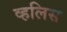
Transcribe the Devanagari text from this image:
व्हलिस